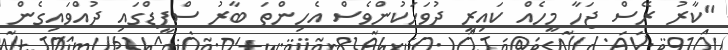
"ކާރު ރޭސް ޖަހާ މީހެއް ކައިރީ ދުވަހަކުންވެސް އެހިންތަ ބާރު ސްޕީޑްގައި ދުއްވައިގެން